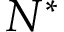
N ^ { \ast }